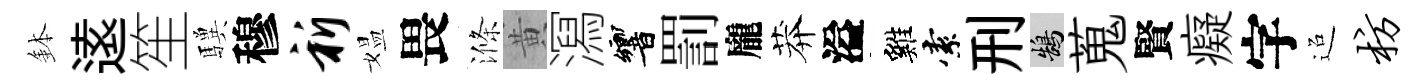
鉢逺笙驥穆祈媪畏滌黄㵼響罰龐莽溢雞索刑鵠蒐賢癡字迢枋